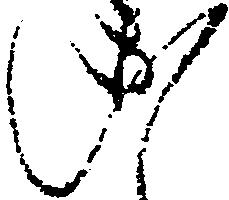
い